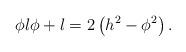
LaTeX: \begin{align*}\phi l\phi + l= 2\left(h^{2}-\phi^{2}\right).\end{align*}